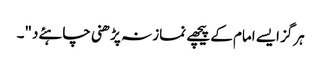
ہرگز ایسے امام کے پیچھے نماز نہ پڑھنی چاہئےد"۔